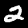
Digit: 2